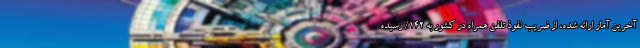
آخرین آمار ارائه شده، از ضریب نفوذ تلفن همراه در کشور به 142% رسیده